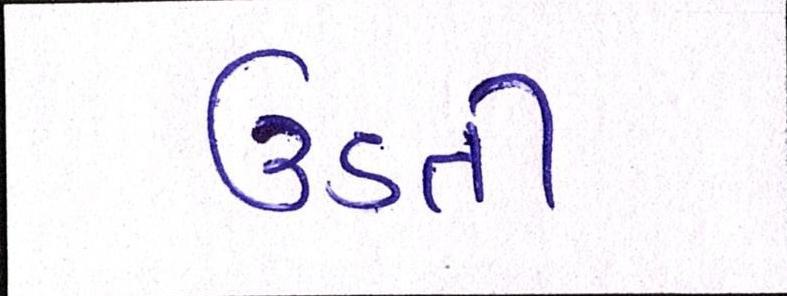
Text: ઉડતી